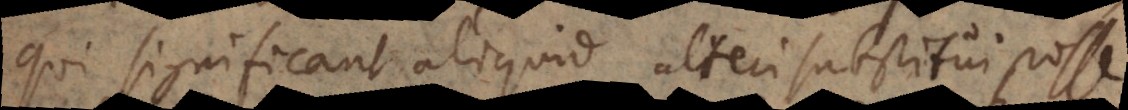
qui significant aliquid alteri substitui posse,